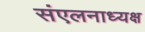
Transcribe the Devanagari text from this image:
संएलनाध्यक्ष